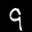
Label: 9